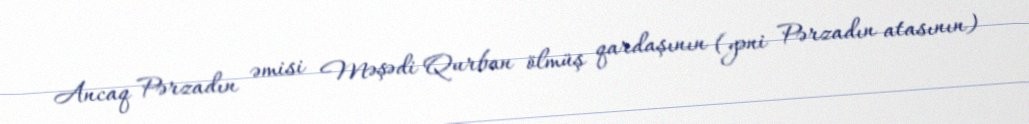
Ancaq Pərzadın əmisi Məşədi Qurban ölmüş qardaşının (yəni Pərzadın atasının)